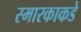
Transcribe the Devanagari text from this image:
स्मारकाकडे